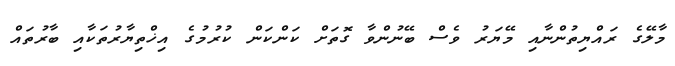
މާލޭގެ ރައްޔިތުންނާއި މޭޔަރު ވެސް ބޭނުންވާ ގޮތަށް ކަންކަން ކުރުމުގެ އިޚްތިޔާރުތަކާއި ބާރުތައް